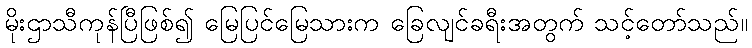
မိုးဌာသီကုန်ပြီဖြစ်၍ မြေပြင်မြေသားက ခြေလျင်ခရီးအတွက် သင့်တော်သည်။